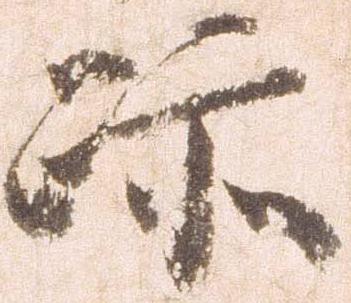
跡